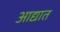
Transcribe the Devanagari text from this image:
आद्यात